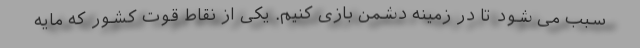
سبب می شود تا در زمینه دشمن بازی کنیم. یکی از نقاط قوت کشور که مایه